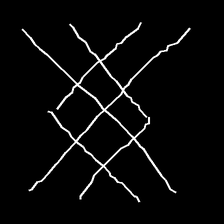
Glyph: crystal